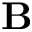
\mathbf { B }